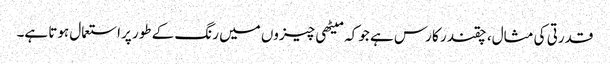
قدرتی کی مثال، چقندر کا رس ہے جو کہ میٹھی چیزوں میں رنگ کے طور پراستعمال ہوتا ہے۔